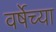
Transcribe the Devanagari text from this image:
वर्षेच्या